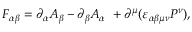
F _ { \alpha \beta } = \partial _ { \alpha } A _ { \beta } - \partial _ { \beta } A _ { \alpha } \ + \partial ^ { \mu } ( \varepsilon _ { \alpha \beta \mu \nu } P ^ { \nu } ) ,